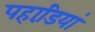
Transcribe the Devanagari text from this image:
पहाडि़यां